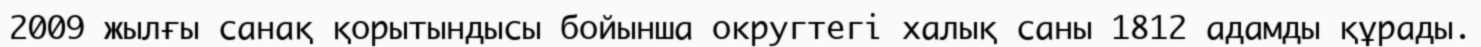
2009 жылғы санақ қорытындысы бойынша округтегі халық саны 1812 адамды құрады.